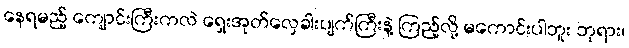
နေရမည့် ကျောင်းကြီးကလဲ ရှေးအုတ်လှေခါးပျက်ကြီးနဲ့ ကြည့်လို့ မကောင်းပါဘူး ဘုရား၊